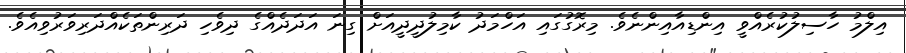
އިލްމު ހާސިލުކުރެއްވީ އިންޑިއާއިންނެވެ. މިރޮގުގައި އަހްމަދު ކާމިލުދީދީއަށް ގިނަ އަދަދެއްގެ ދިވެހި ދަރިންތަކެއްދަރިވަރުވިއެވެ.